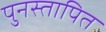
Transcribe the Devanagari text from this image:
पुनस्तापित